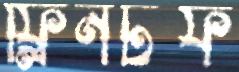
ফ্লিনটফ